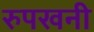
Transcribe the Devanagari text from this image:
रुपखनी